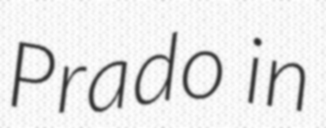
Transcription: Prado in